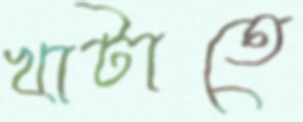
খাটাতে